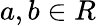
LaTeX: a,b\in R